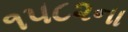
૧૫૮૨ના